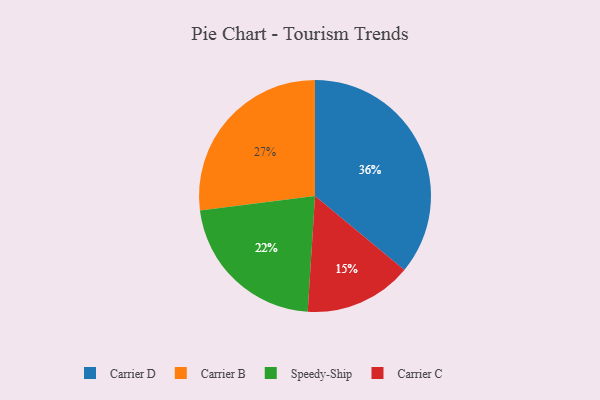
{"axis": {"x": "Category", "y": "Percentage"}, "legend": ["Carrier B", "Carrier C", "Carrier D", "Speedy-Ship"], "data": [{"x": "Speedy-Ship", "y": 22, "type": "Speedy-Ship"}, {"x": "Carrier C", "y": 15, "type": "Carrier C"}, {"x": "Carrier B", "y": 27, "type": "Carrier B"}, {"x": "Carrier D", "y": 36, "type": "Carrier D"}]}